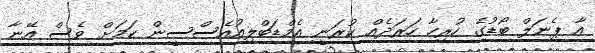
އާ ޕެނަލް ބޯޑުގެ ހުރިހާ ހަރަދެއް ކުރަނީ އެމްޑަބްލިއުއެސްސީން ކަމަށް ވެސް އޭނާ